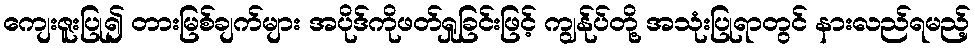
ကျေးဇူးပြု၍ တားမြစ်ချက်များ အပိုဒ်ကိုဖတ်ရှုခြင်းဖြင့် ကျွန်ုပ်တို့ အသုံးပြုရာတွင် နားလည်ရမည့်